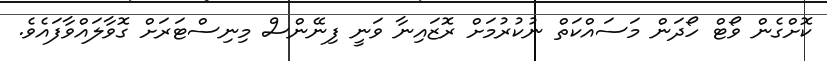
ކޮށްގެން ވޯޓް ހޯދަން މަސައްކަތް ނުކުރުމަށް ރޮޒައިނާ ވަނީ ފިނޭންސް މިނިސްޓަރަށް ގޮވާލައްވާފައެވެ.